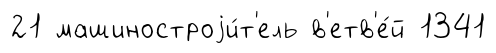
21 машиностроjи́т'ель в'етв'е́й 1341